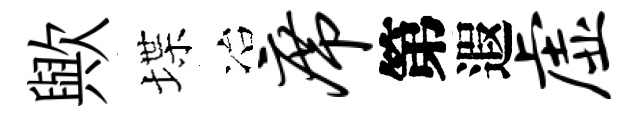
歟堞冶席第遐虚